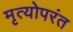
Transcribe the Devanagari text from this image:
मृत्योपरंत